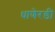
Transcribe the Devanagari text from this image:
धाणेरडी